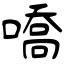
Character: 嘺